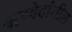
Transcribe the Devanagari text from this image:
ॠग्वेदांतील